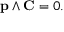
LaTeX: \mathbf { p } \land \mathbf { C } = 0 .